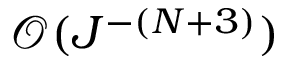
\mathcal { O } ( J ^ { - ( N + 3 ) } )